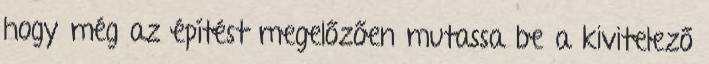
hogy még az építést megelőzően mutassa be a kivitelező